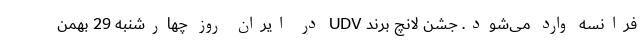
فرانسه وارد می‌شود. جشن لانچ برند UDV در ایران روز چهارشنبه 29 بهمن